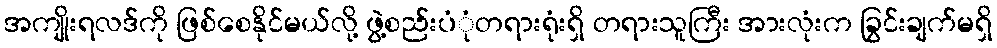
အကျိုးရလဒ်ကို ဖြစ်စေနိုင်မယ်လို့ ဖွဲ့စည်းပံုံတရားရုံးရှိ တရားသူကြီး အားလုံးက ခြွင်းချက်မရှိ